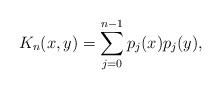
LaTeX: \begin{align*}K_n(x,y)=\sum_{j=0}^{n-1}p_j(x)p_j(y),\end{align*}